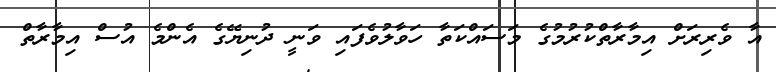
އާ ވެރިރަށް އިމާރާތްކުރުމުގެ މަސައްކަތާ ހަވާލުވެފައި ވަނީ ދުނިޔޭގެ އެންމެ އުސް އިމާރާތް